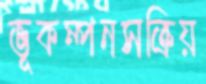
ভূকম্পনসক্রিয়